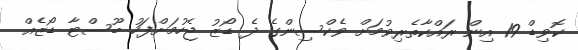
ކޮވިޑް 19 އިން ރައްކާތެރިވުމަށް ވެކްސިންގެ ދެ ޑޯޒު ޖެހުމަށްފަހު ބޫސްޓާ ޑޯޒެއް